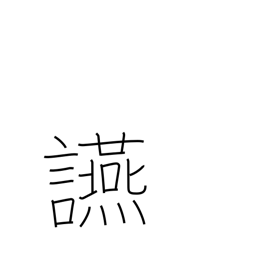
Meaning: banquet